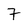
Character: 7